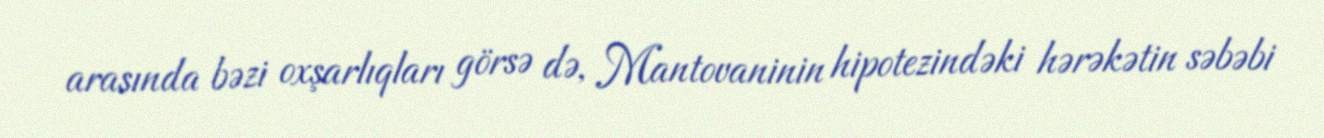
arasında bəzi oxşarlıqları görsə də, Mantovaninin hipotezindəki hərəkətin səbəbi